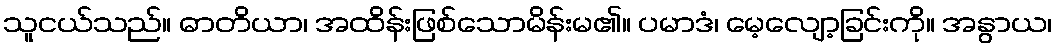
သူငယ်သည်။ ဓာတိယာ၊ အထိန်းဖြစ်သောမိန်းမ၏။ ပမာဒံ၊ မေ့လျော့ခြင်းကို။ အနွာယ၊